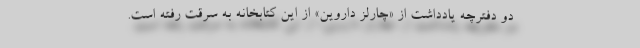
دو دفترچه یادداشت از «چارلز داروین» از این کتابخانه به سرقت رفته است.